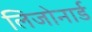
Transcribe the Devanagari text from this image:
लिजोनार्ड